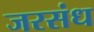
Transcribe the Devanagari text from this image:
जरसंध